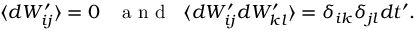
\langle d W _ { i j } ^ { \prime } \rangle = 0 \; \; \; \mathrm { ~ a ~ n ~ d ~ } \; \; \langle d W _ { i j } ^ { \prime } d W _ { k l } ^ { \prime } \rangle = \delta _ { i k } \delta _ { j l } d t ^ { \prime } .